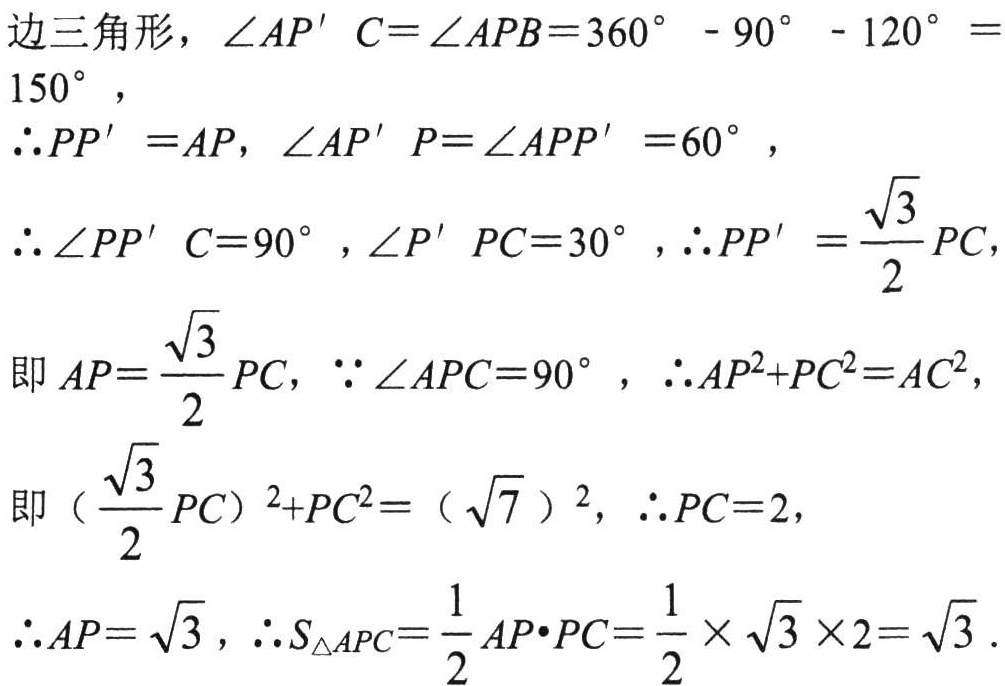
边三角形，\(\angle AP'C = \angle APB = 360^{\circ}-90^{\circ}-120^{\circ}=150^{\circ}\)，
\(\therefore PP' = AP\)，\(\angle AP'P=\angle APP' = 60^{\circ}\)，
\(\therefore \angle PP'C = 90^{\circ}\)，\(\angle P'PC = 30^{\circ}\)，\(\therefore PP'=\dfrac{\sqrt{3}}{2}PC\)，
即\(AP = \dfrac{\sqrt{3}}{2}PC\)，\(\because \angle APC = 90^{\circ}\)，\(\therefore AP^{2}+PC^{2}=AC^{2}\)，
即\((\dfrac{\sqrt{3}}{2}PC)^{2}+PC^{2}=(\sqrt{7})^{2}\)，\(\therefore PC = 2\)，
\(\therefore AP=\sqrt{3}\)，\(\therefore S_{\triangle APC}=\dfrac{1}{2}AP\cdot PC=\dfrac{1}{2}\times\sqrt{3}\times 2=\sqrt{3}\).